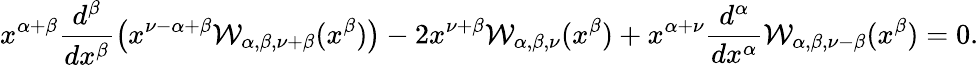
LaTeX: x^{\alpha+\beta}\frac{d^{\beta}}{dx^{\beta}}\left(x^{\nu-\alpha+\beta}\mathcal{W}_{\alpha,\beta,\nu+\beta}(x^{\beta})\right)-2x^{\nu+\beta}\mathcal{W}_{\alpha,\beta,\nu}(x^{\beta})+x^{\alpha+\nu}\frac{d^{\alpha}}{dx^{\alpha}}\mathcal{W}_{\alpha,\beta,\nu-\beta}(x^{\beta})=0.